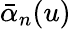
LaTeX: \bar{\alpha}_{n}(u)